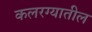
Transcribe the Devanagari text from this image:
कलरग्यातील